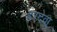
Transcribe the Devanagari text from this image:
हरदेवा